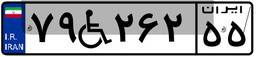
۷۹W۲۶۲۵۵